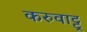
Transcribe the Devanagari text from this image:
करुवाट्टू